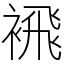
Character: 䙍